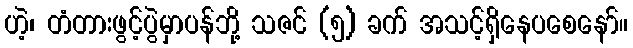
ဟဲ့၊ တံတားဖွင့်ပွဲမှာပန်ဘို့ သဇင် (၅) ခက် အသင့်ရှိနေပစေနော်။